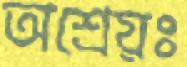
অশ্রেয়ঃ